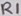
Text: R1